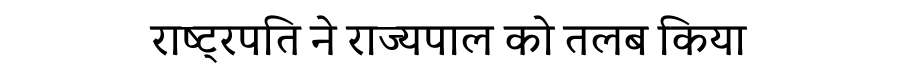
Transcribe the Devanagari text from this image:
राष्ट्रपति ने राज्यपाल को तलब किया